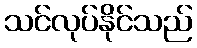
သင်လုပ်နိုင်သည်